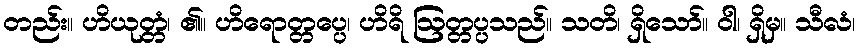
တည်း။ ဟိယုတ္တံ၊ ၏။ ဟိရောတ္တပ္ပေ၊ ဟိရိ ဩတ္တပ္ပသည်။ သတိ၊ ရှိသော်။ ဝါ၊ ရှိမှ။ သီလံ၊